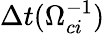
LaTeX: \Delta t(\Omega_{ci}^{-1})